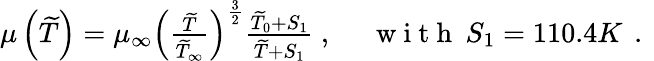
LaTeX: \begin{array}{rl}{\mu\left(\widetilde{T}\right)=\mu_{\infty}\left(\frac{\widetilde{T}}{\widetilde{T}_{\infty}}\right)^{\frac{3}{2}}\frac{\widetilde{T}_{0}+S_{1}}{\widetilde{T}+S_{1}}\mathrm{~,~}}&{{}\mathrm{~w~i~t~h~}\: S_{1}=110.4K\, \mathrm{~.~}}\end{array}